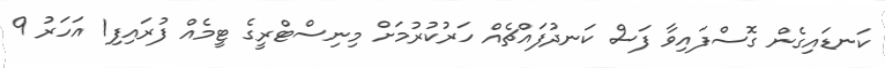
ކަނޑައިގެން ގޮސްފައިވާ ފަސް ކަނދުފައްޗެއް ހަރުކުރުމަށް މިނިސްޓްރީގެ ޓީމެއް ފުރައިފި1 އަހަރު 9